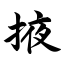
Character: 掖